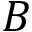
B